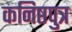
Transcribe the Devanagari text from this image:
कनिष्ठपुत्र